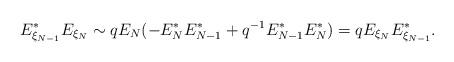
LaTeX: \begin{align*}E_{\xi_{N - 1}}^{*} E_{\xi_{N}}\sim q E_{N} (-E_{N}^{*} E_{N - 1}^{*} + q^{-1} E_{N - 1}^{*} E_{N}^{*})= q E_{\xi_{N}} E_{\xi_{N - 1}}^{*}.\end{align*}